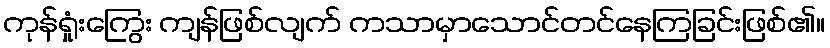
ကုန်ရှုံးကြွေး ကျန်ဖြစ်လျက် ကသာမှာသောင်တင်နေကြခြင်းဖြစ်၏။